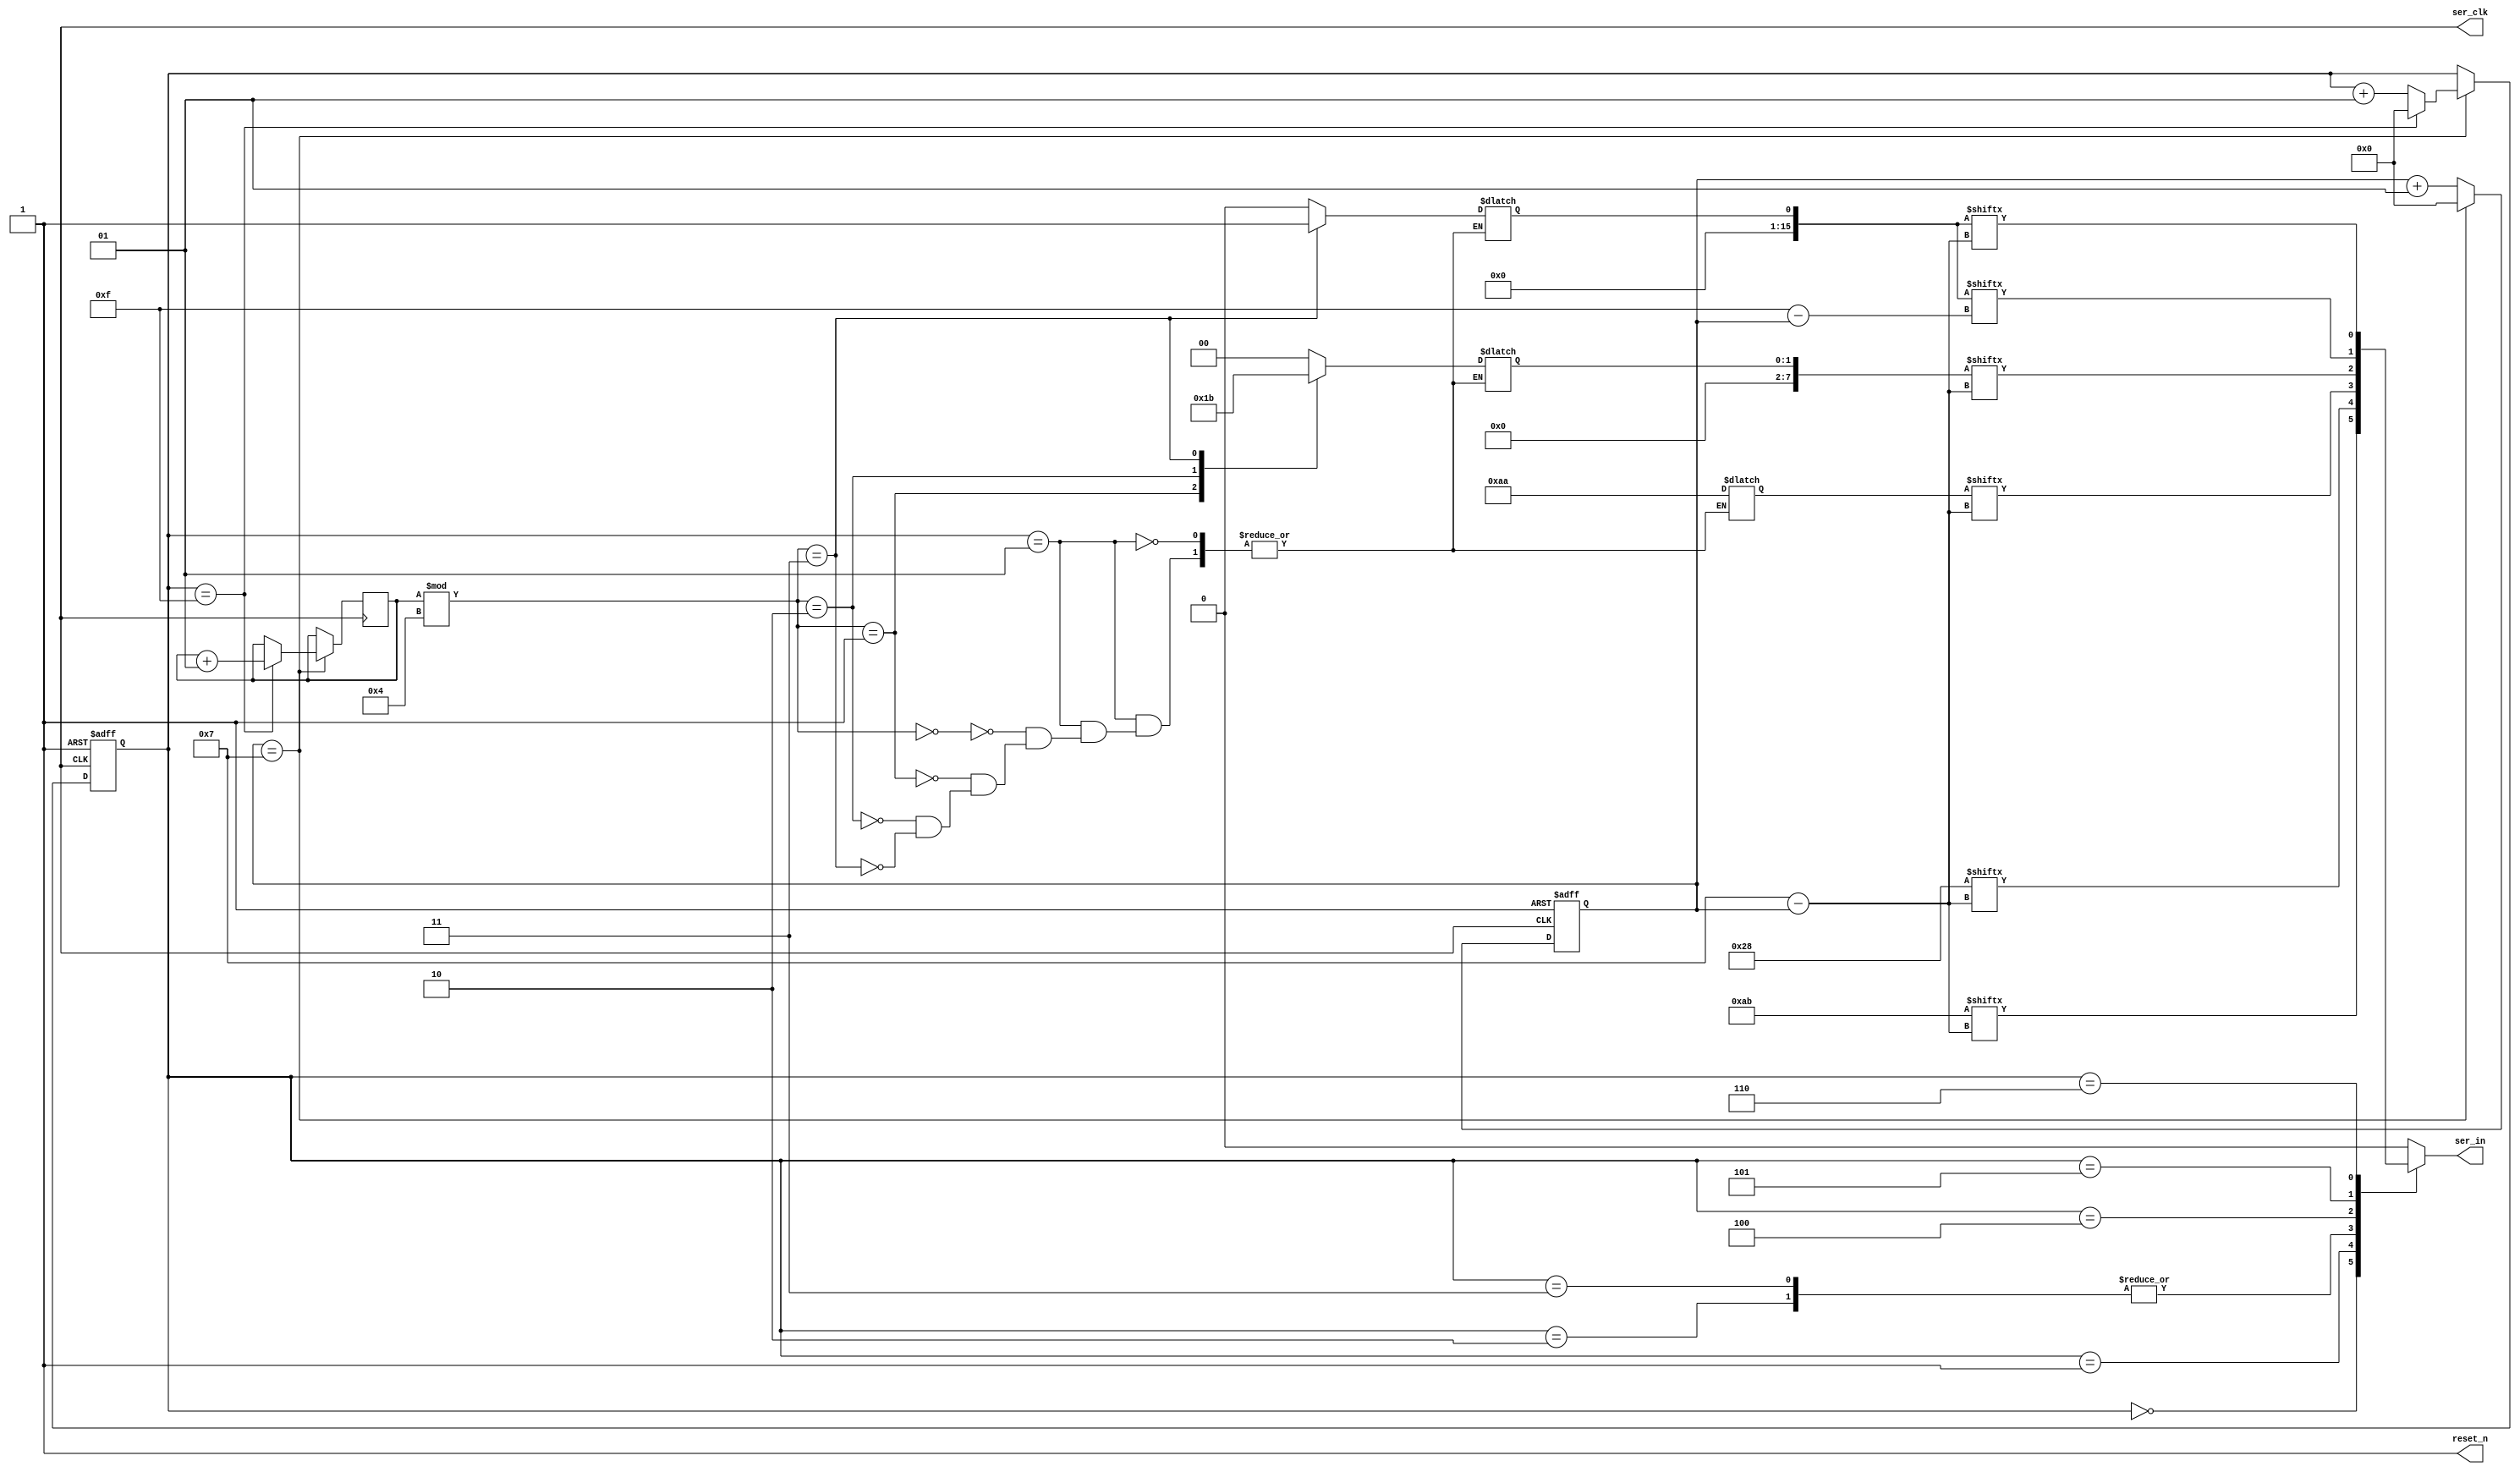
/*
	Student Name - Amritpal Singh, Rezaur Rahman
	File Creation Date - 04/29/2015
	Class - CSCI 660 Intro to VLSI, Final project, NYIT
	Last Updated - 04/29/2015
*/
module tb_gen (ser_in, ser_clk, reset_n);
output ser_in;
output ser_clk;
output reset_n;

reg ser_in;
reg ser_clk;
reg reset_n;

integer bit_count=0;
integer byte_count=0;
integer frame_count=0;
						//	SIZE (bytes)	Description
reg [7:0] Preamble;     //       1          Preamble byte 
reg [7:0] SFD_byte;     //       1          SFD Byte  
reg [7:0] S_address;	// 		 1			Source Address	
reg [7:0] D_address;	// 		 1			Destination Address
reg [7:0] Serv_type;	//		 1			Service Type: Range is decimal (0-9), where 9 is highest priority
reg [15:0] data;		//		 2			Data attached to each packet is 2 bytes						
//reg [7:0] check_sum;	//		 7			Check sum (Longitudinal redundancy check)
						// Total = 5bytes per packet
//reg priority_level;

initial
begin
	reset_n = 1'b0;
	ser_clk = 1'b0;
    // initial clearing of all signals
    Preamble = 8'hAB;
    SFD_byte = 8'h28;
    S_address = 8'b00000000;
	D_address = 8'b00000000;
    Serv_type = 8'b00000000;
    data = 16'b0000000000000000;
    #26 reset_n = 1'b1;
end

// Serial clock gen
always
begin : clock_gen	// begin clock generation
	#5 ser_clk = ~ser_clk;
end	// end clock_gen

// Bit counter
always @ (posedge ser_clk or negedge reset_n)
begin : BITCOUNTER
    if (!reset_n) begin
        bit_count <= 0;
    end
    else begin
		if (bit_count == 7) begin
			bit_count <= 0;
		end
		else begin
			bit_count <= bit_count + 1;
		end
	end
end // end of block BITCOUNTER

// Byte counter
always @ (posedge ser_clk or negedge reset_n)
begin : BYTECOUNTER
    if (!reset_n) begin
        byte_count <= 0;
    end
    else begin
		if (bit_count == 7) begin
			byte_count <= byte_count+1;
			if (byte_count == 15) begin
				byte_count <= 0;
                frame_count <= frame_count+1;
			end
		end
	end
end // end of block BYTECOUNTER

// 4 different priority rates
always @ (ser_clk or byte_count)
begin : UPDATEPKTCONTENT
    if (byte_count == 1) begin
        case (frame_count % 4)
            0       :   begin    
                            S_address = 8'b10101010;
                            D_address = 8'b10101010;
                            Serv_type = 8'b00000000;    // <--- Priority level 0
                            data = 16'b0000000000000000;
                        end

            1       :   begin    
                            S_address = 8'b10101010;
                            D_address = 8'b10101010;
                            Serv_type = 8'b00000001;    // <--- Priority level 1
                            data = 16'b0000000000000000;
                        end

            2       :   begin    
                            S_address = 8'b10101010;
                            D_address = 8'b10101010;
                            Serv_type = 8'b00000010;    // <--- Priority level 2
                            data = 16'b0000000000000000;
                        end

            3       :   begin    
                            S_address = 8'b10101010;
                            D_address = 8'b10101010;
                            Serv_type = 8'b00000011;    // <--- Priority level 3
                            data = 16'b0000000000000001;
                        end
        endcase
    end
end // end of block UPDATEPKTCONTENT

// Set the value of ser_in output either ON or OFF
always @ (bit_count or reset_n)
begin : SER_IN_GEN
	if (!reset_n) begin
		ser_in <= 1'b0;
	end
	else begin
		case (byte_count)
            0        :      ser_in <= Preamble[7 - bit_count];
            1        :      ser_in <= SFD_byte[7 - bit_count];
			2		 :		ser_in <= S_address[7 - bit_count];
			3		 :		ser_in <= D_address[7 - bit_count];
			4		 :		ser_in <= Serv_type[7 - bit_count];
			5		 :		ser_in <= data[15 - bit_count];
			6		 :		ser_in <= data[7 - bit_count];
			default  : 		ser_in <= 1'b0;
		endcase
	end
end	// end of block SER_IN_GEN

endmodule // end of tb_gen module

/* Revision History

04/29/2015 v1.02 AS		1. Created tb_gen.v file for adding necessary code for generating ser_in, ser_clk and reset_n ports.
						2. Added bit counter and byte counter and simulation of clock output.
						3. Added setting of ser_in value using case statement. 
                        4. Added setting contents of the frame bytes for different priority rates.
05/02/2015 v1.06 AS     1. Added Preamble and SFD Byte to each packet
*/